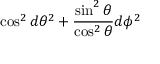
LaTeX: \cos ^ { 2 } d \theta ^ { 2 } + { \frac { \sin ^ { 2 } \theta } { \cos ^ { 2 } \theta } } d \phi ^ { 2 }